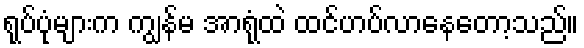
ရုပ်ပုံများက ကျွန်မ အာရုံထဲ ထင်ဟပ်လာနေတော့သည်။